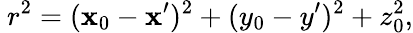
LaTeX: ~r^{2}=(\mathbf{x}_{0}-\mathbf{x}^{\prime})^{2}+(y_{0}-y^{\prime})^{2}+z_{0}^{2},